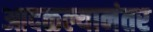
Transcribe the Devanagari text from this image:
आदळल्यानंतर